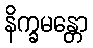
နိက္ခမန္တော